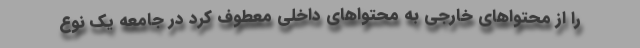
را از محتواهای خارجی به محتواهای داخلی معطوف کرد در جامعه یک نوع